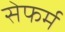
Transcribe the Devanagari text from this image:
सेफर्म